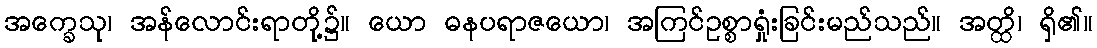
အက္ခေသု၊ အန်လောင်းရာတို့၌။ ယော ဓနပရာဇယော၊ အကြင်ဥစ္စာရှုံးခြင်းမည်သည်။ အတ္ထိ၊ ရှိ၏။